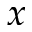
x